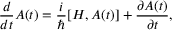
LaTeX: { \frac { d } { d t } } A ( t ) = { \frac { i } { \hbar } } [ H , A ( t ) ] + { \frac { \partial A ( t ) } { \partial t } } ,